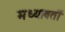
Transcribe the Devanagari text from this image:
मध्यावर्ती